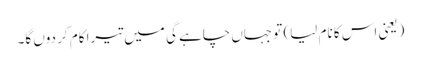
(یعنی اس کا نام لیا) تو جہاں چاہے گی میں تیرا کام کر دوں گا۔